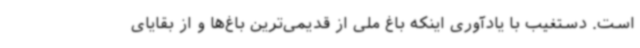
است. دستغیب با یادآوری اینکه باغ ملی از قدیمی‌ترین باغ‌ها و از بقایای